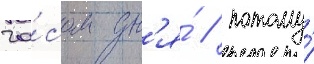
ча́сом дн'я́ / потому́